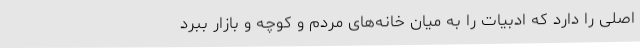
اصلی را دارد که ادبیات را به میان خانه‌های مردم و کوچه و بازار ببرد